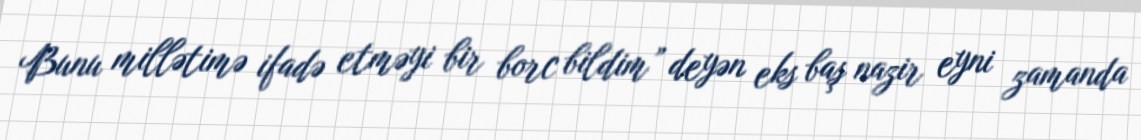
Bunu millətimə ifadə etməyi bir borc bildim” deyən eks baş nazir eyni zamanda